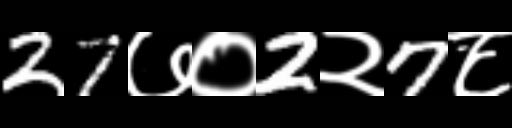
Text: 27७०2२7८